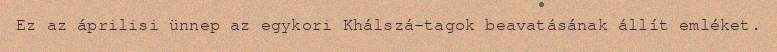
Ez az áprilisi ünnep az egykori Khálszá-tagok beavatásának állít emléket.